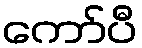
ကော်ပီ